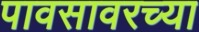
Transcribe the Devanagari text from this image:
पावसावरच्या